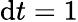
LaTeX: \mathrm{d}t=1